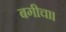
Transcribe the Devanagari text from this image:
बगीचा।